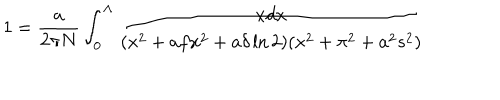
1 = { \frac { a } { 2 \pi N } } \int _ { 0 } ^ { \Lambda } { \frac { x d x } { ( x ^ { 2 } + a f x ^ { 2 } + a \delta \ln 2 ) ( x ^ { 2 } + \pi ^ { 2 } + a ^ { 2 } s ^ { 2 } ) } }